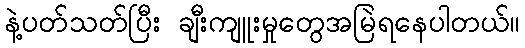
နဲ့ပတ်သတ်ပြီး ချီးကျူးမှုတွေအမြဲရနေပါတယ်။